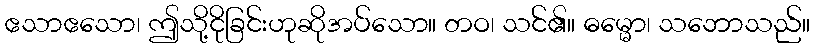
ဧသာဧသော၊ ဤသို့ငိုခြင်းဟုဆိုအပ်သော။ တဝ၊ သင်၏။ ဓမ္မော၊ သဘောသည်။